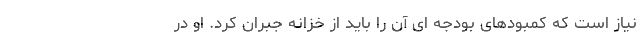
نیاز است که کمبودهای بودجه ای آن را باید از خزانه جبران کرد. او در